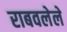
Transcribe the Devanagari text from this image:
राबवलेले